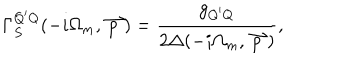
LaTeX: \Gamma _ { S } ^ { Q ^ { \prime } Q } ( - i \Omega _ { m } , \stackrel { \rightharpoonup } { p } ) = \frac { g _ { Q ^ { \prime } Q } } { 2 \Delta ( - i \Omega _ { m } , \stackrel { \rightharpoonup } { p } ) } ,